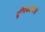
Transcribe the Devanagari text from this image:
द्वीपकल्पांचे